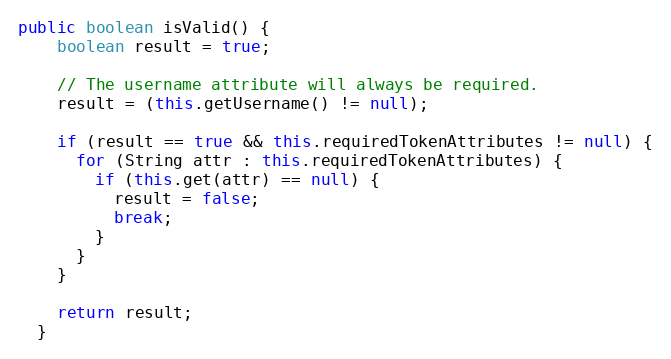
Language: Java
public boolean isValid() {
    boolean result = true;

    // The username attribute will always be required.
    result = (this.getUsername() != null);

    if (result == true && this.requiredTokenAttributes != null) {
      for (String attr : this.requiredTokenAttributes) {
        if (this.get(attr) == null) {
          result = false;
          break;
        }
      }
    }

    return result;
  }